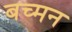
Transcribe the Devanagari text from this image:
बच्मन